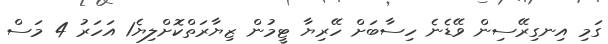
ގަމި އިނގިރޭސިން ވޭޑެނެ ހިސާބަށް ހޭރިޔާ ޓީމުން ޒިޔާރަތްކޮށްލިޔެ1 އަހަރު 4 މަސް